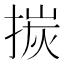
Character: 㨏